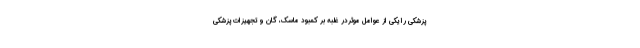
پزشکی را یکی از عوامل موثردر غلبه بر کمبود ماسک، گان و تجهیزات پزشکی